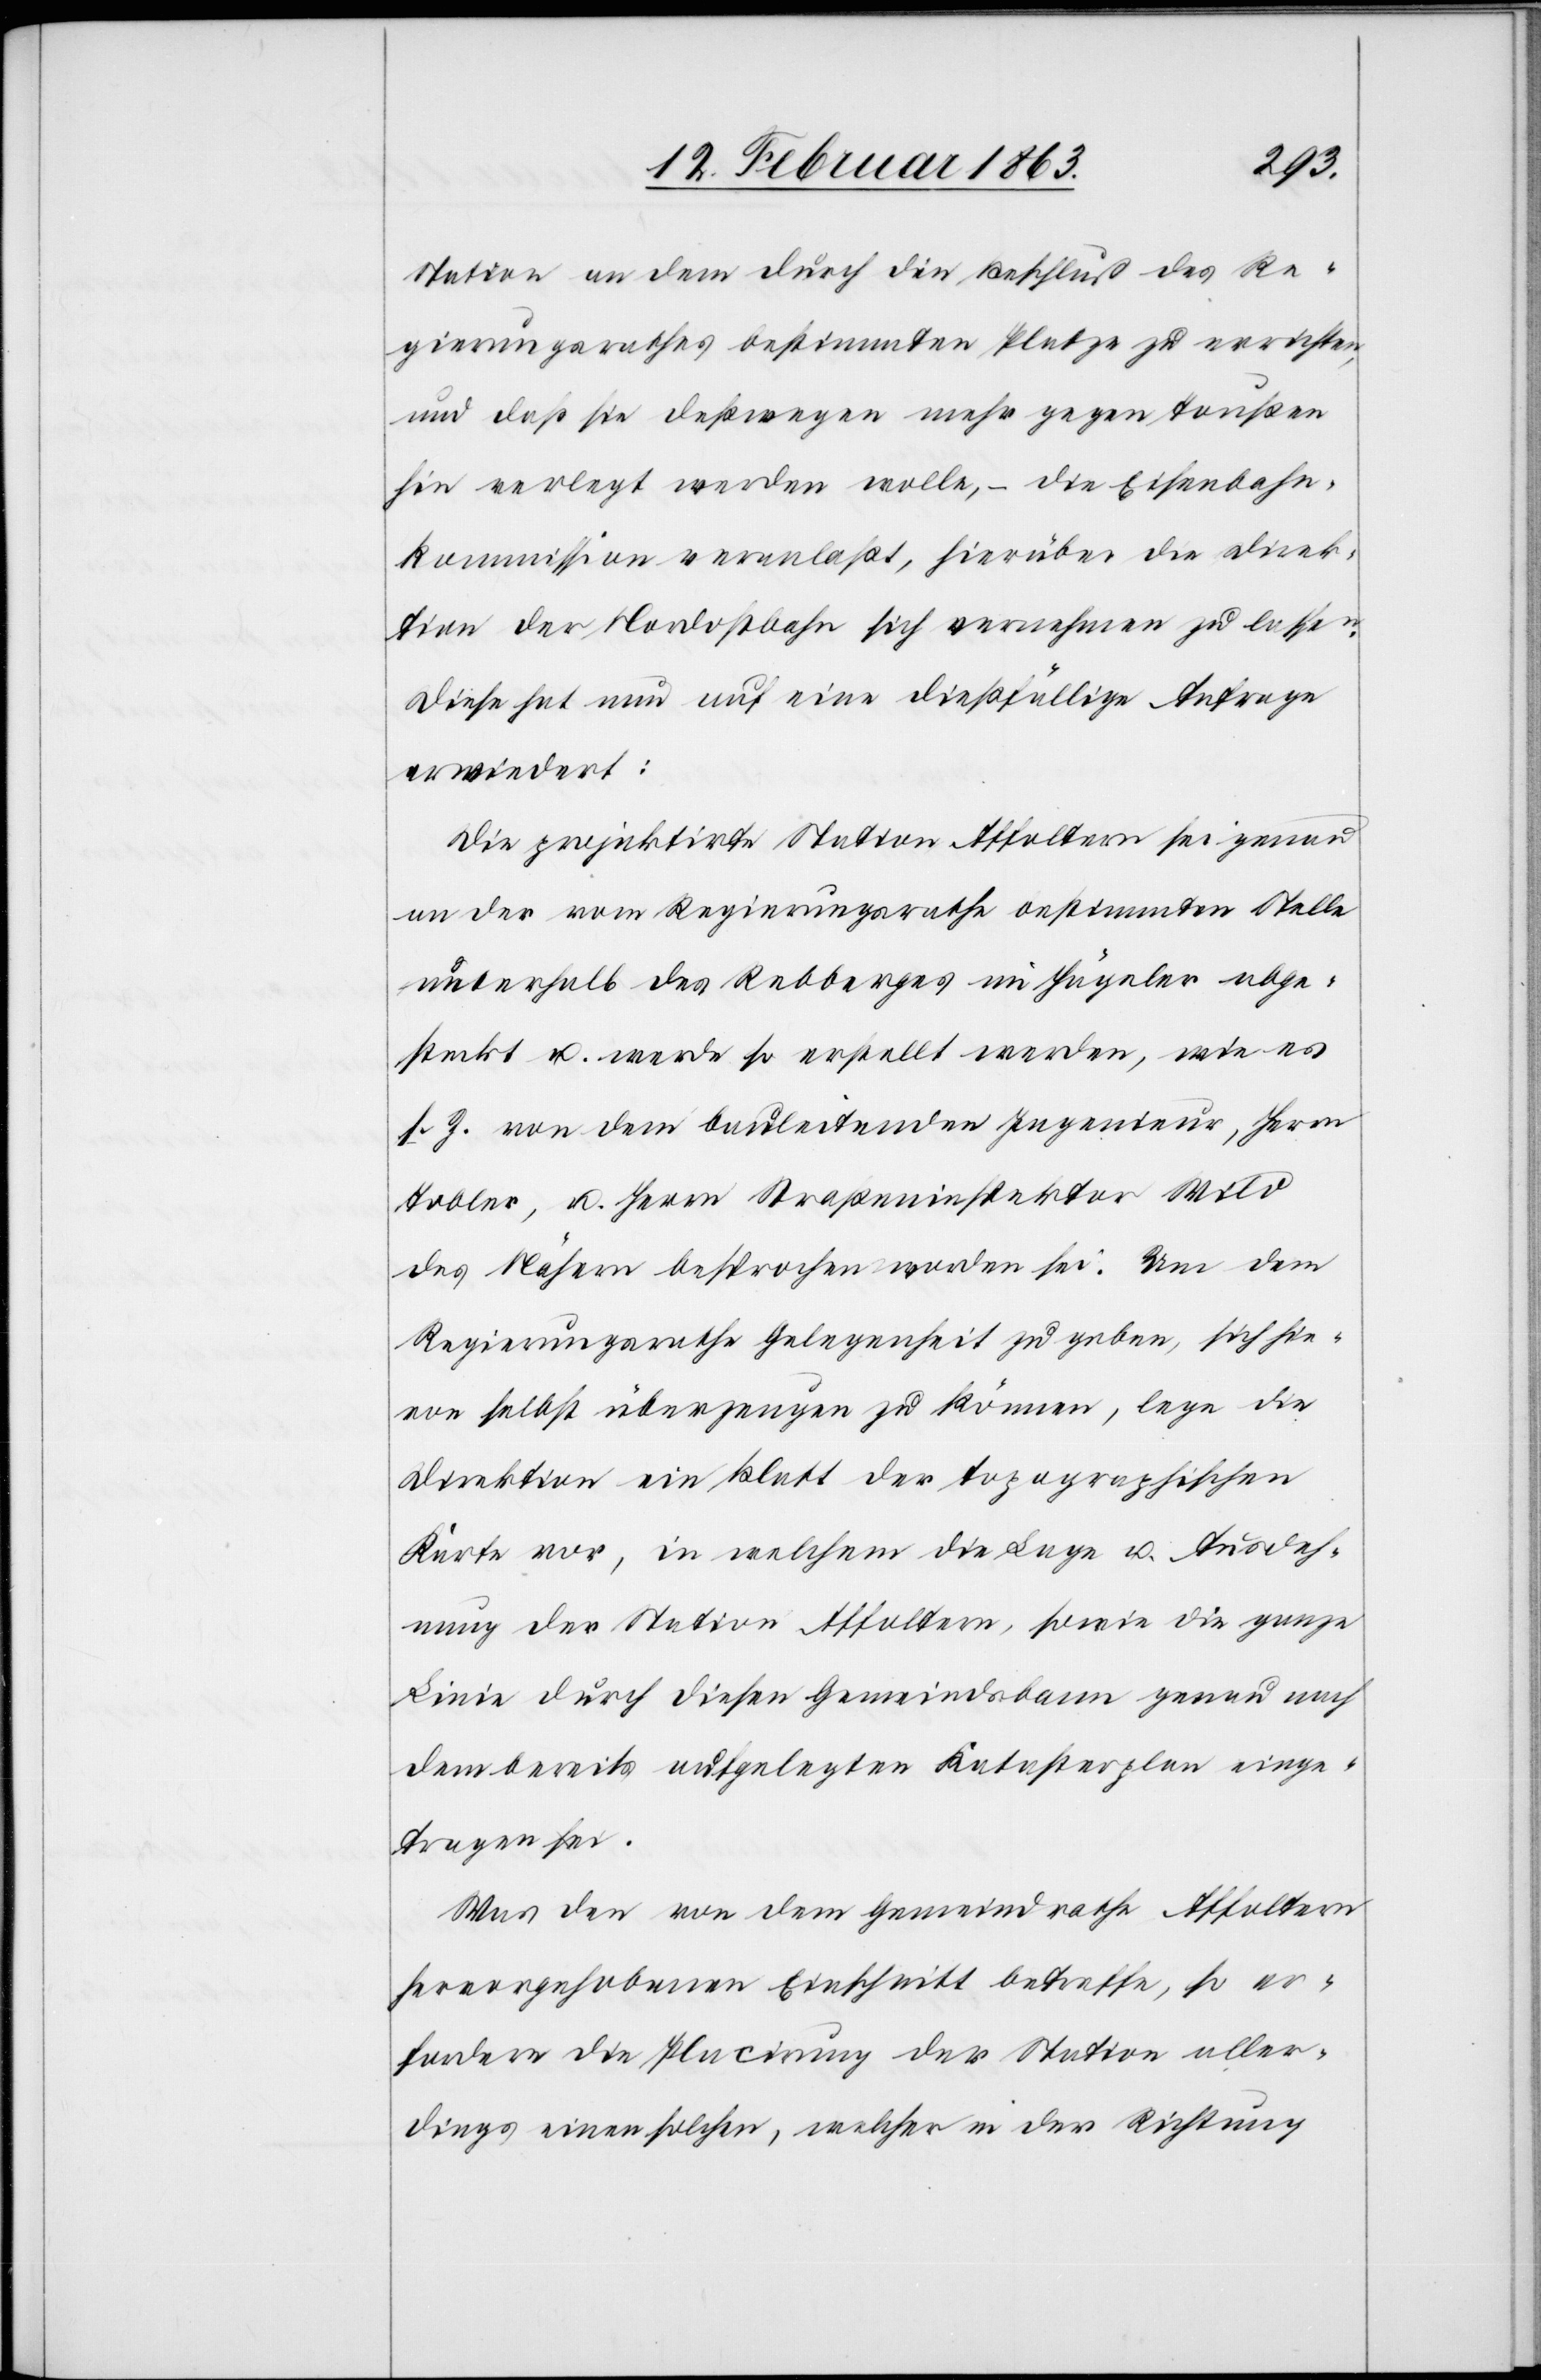
Station an dem durch den Beschluß des Re¬
gierungsrathes bestimmten Platze zu verrichten,
und daß sie deßwegen mehr gegen Toußen
hin verlegt werden wollte, – die Eisenbahn¬
kommission veranlaßt, hierüber die Direk¬
tion der Nordostbahn sich vernehmen zu lassen.
Diese hat nun auf eine dießfällige Anfrage
erwiedert:
Die projektirte Station Affoltern sei genau
an der vom Regierungsrathe bestimmten Stelle
unterhalb des Rebberges im Hägeler abge¬
steckt u. werde so erstellt werden, wie es
s. Z. von dem bauleitenden Ingenieur, Herrn
Tobler, u. Herrn Straßeninspektor Wild
des Nähern besprochen worden sei. Um dem
Regierungsrathe Gelegenheit zu geben, sich hie¬
von selbst überzeugen zu können, lege die
Direktion ein Blatt der topographischen
Karte vor, in welchem die Lage u. Ausdeh¬
nung der Station Affoltern, sowie die ganze
Linie durch diesen Gemeindsbann genau nach
dem bereits aufgelegten Katasterplan einge¬
tragen sei.
Was den von dem Gemeindrathe Affoltern
hervorgehobenen Einschnitt betreffe, so er¬
fordere die Placirung der Station aller¬
dings einen solchen, welcher in der Richtung